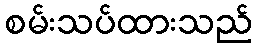
စမ်းသပ်ထားသည်